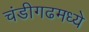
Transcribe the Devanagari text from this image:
चंडीगढमध्ये